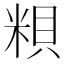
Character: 𥺎